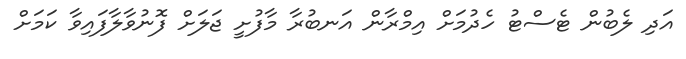
އަދި ލެބުން ޓެސްޓު ހެދުމަށް އިމްރާން އަނބުރާ މާފުށީ ޖަލަށް ފޮނުވާލާފައިވާ ކަމަށް